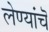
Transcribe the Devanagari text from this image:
लेण्यांचॆ